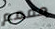
مممم